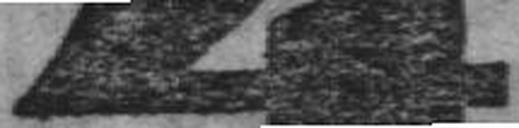
4